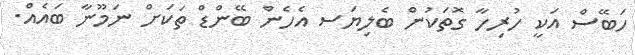
ހަބޭސް އަކީ ހުރިހާ ގޮތަކުން ބެލިޔަސ އެހެން ބޭންޑް ތަކަށް ނަމޫނާ ބައެއް.